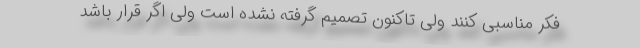
فکر مناسبی کنند ولی تاکنون تصمیم گرفته نشده است ولی اگر قرار باشد